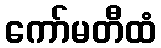
ကော်မတီထံ